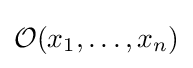
{\mathcal {O}}(x_{1},\ldots ,x_{n})